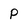
Character: P